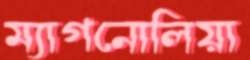
ম্যাগনোলিয়া